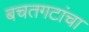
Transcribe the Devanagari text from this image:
बचतगटांचा